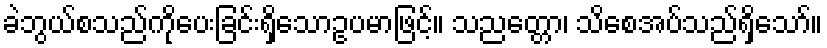
ခဲဘွယ်စသည်ကိုပေးခြင်းရှိသောဥပမာဖြင့်။ သညတ္တော၊ သိစေအပ်သည်ရှိသော်။